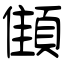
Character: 顀